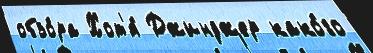
обзо́ра Хот'я́ Джинджер како́го